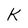
Character: K